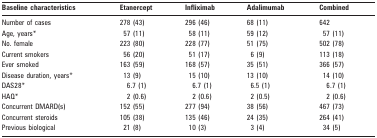
| Baseline characteristics | Etanercept | Infliximab | Adalimumab | Combined |
 | --- | --- | --- | --- | --- |
 | Number of cases | 278 (43) | 296 (46) | 68 (11) | 642 |
 | Age, years* | 57 (11) | 58 (11) | 59 (12) | 57 (11) |
 | No. female | 223 (80) | 228 (77) | 51 (75) | 502 (78) |
 | Current smokers | 56 (20) | 51 (17) | 6 (9) | 113 (18) |
 | Ever smoked | 163 (59) | 168 (57) | 35 (51) | 366 (57) |
 | Disease duration, years* | 13 (9) | 15 (10) | 13 (10) | 14 (10) |
 | DAS28* | 6.7 (1) | 6.7 (1) | 6.5 (1) | 6.7 (1) |
 | HAQ* | 2 (0.6) | 2 (0.6) | 2 (0.5) | 2 (0.6) |
 | Concurrent DMARD(s) | 152 (55) | 277 (94) | 38 (56) | 467 (73) |
 | Concurrent steroids | 105 (38) | 135 (46) | 24 (35) | 264 (41) |
 | Previous biological | 21 (8) | 10 (3) | 3 (4) | 34 (5) |